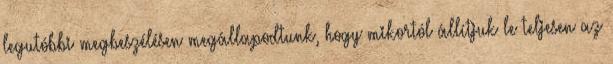
legutóbbi megbeszélésen megállapodtunk, hogy mikortól állítjuk le teljesen az